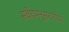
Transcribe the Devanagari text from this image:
सर्वेयमनुसरणीया